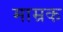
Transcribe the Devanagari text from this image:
माम्रक